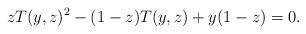
LaTeX: \begin{align*} zT(y, z)^2-(1-z)T(y, z)+y(1-z)=0. \end{align*}